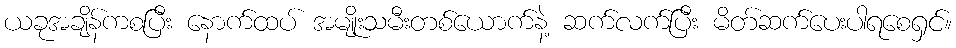
ယခုအချိန်ကစပြီး နောက်ထပ် အမျိုးသမီးတစ်ယောက်နဲ့ ဆက်လက်ပြီး မိတ်ဆက်ပေးပါရစေရှင်။